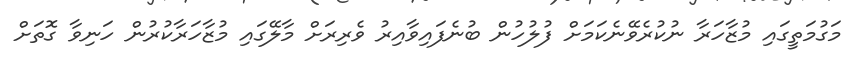
މަގުމަތީގައި މުޒާހަރާ ނުކުރެވޭނެކަމަށް ފުލުހުން ބުނެފައިވާއިރު ވެރިރަށް މާލޭގައި މުޒާހަރާކުރުން ހަނިވާ ގޮތަށް